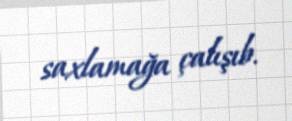
saxlamağa çalışıb.